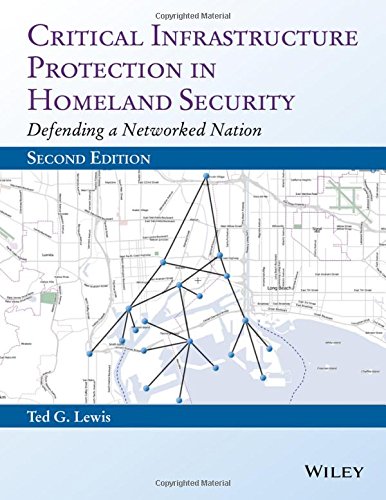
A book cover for Critical Infrastructure Protection in Homeland Security: Defending a Networked Nation; Ted G. Lewis; Computers & Technology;